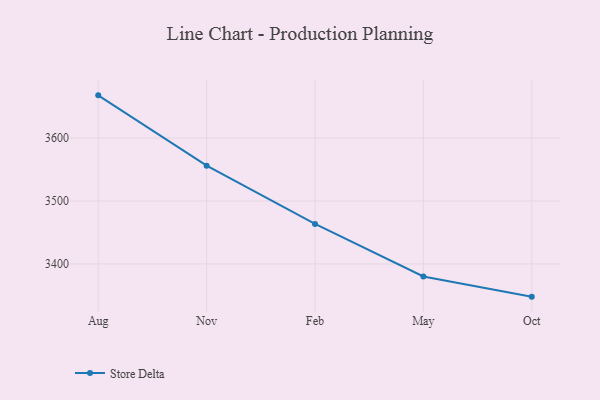
{"axis": {"x": "Month", "y": "Satisfaction Score"}, "legend": ["Store Delta"], "data": [{"x": "Aug", "y": 3667.8, "type": "Store Delta"}, {"x": "Nov", "y": 3556.1, "type": "Store Delta"}, {"x": "Feb", "y": 3463.6, "type": "Store Delta"}, {"x": "May", "y": 3380.1, "type": "Store Delta"}, {"x": "Oct", "y": 3348.1, "type": "Store Delta"}]}